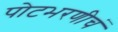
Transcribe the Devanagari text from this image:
पोटभरणीचं